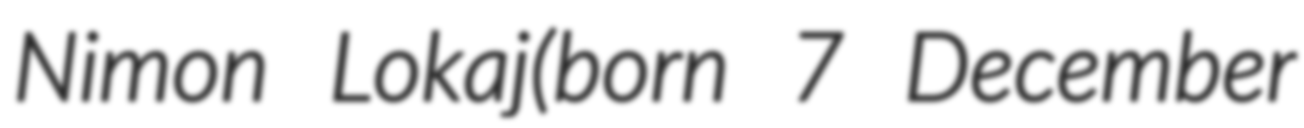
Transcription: Nimon Lokaj(born 7 December